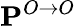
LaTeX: \mathbf{P}^{O\to O}